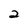
Character: 2